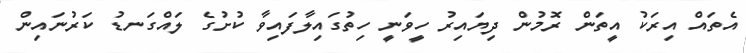
އެތައް އިރަކު އީތަން ރޮމުން ދިޔައިރު ހީވަނީ ހިތުގައިލާފައިވާ ކުށުގެ ލައްގަނޑު ކަރުނައިން